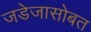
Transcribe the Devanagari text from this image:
जडेजासोबत